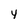
Character: 4